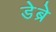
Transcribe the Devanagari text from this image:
डेब्रे